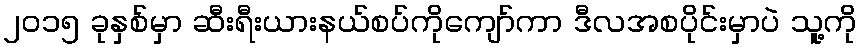
၂၀၁၅ ခုနှစ်မှာ ဆီးရီးယားနယ်စပ်ကိုကျော်ကာ ဒီလအစပိုင်းမှာပဲ သူ့ကို